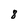
Character: 8